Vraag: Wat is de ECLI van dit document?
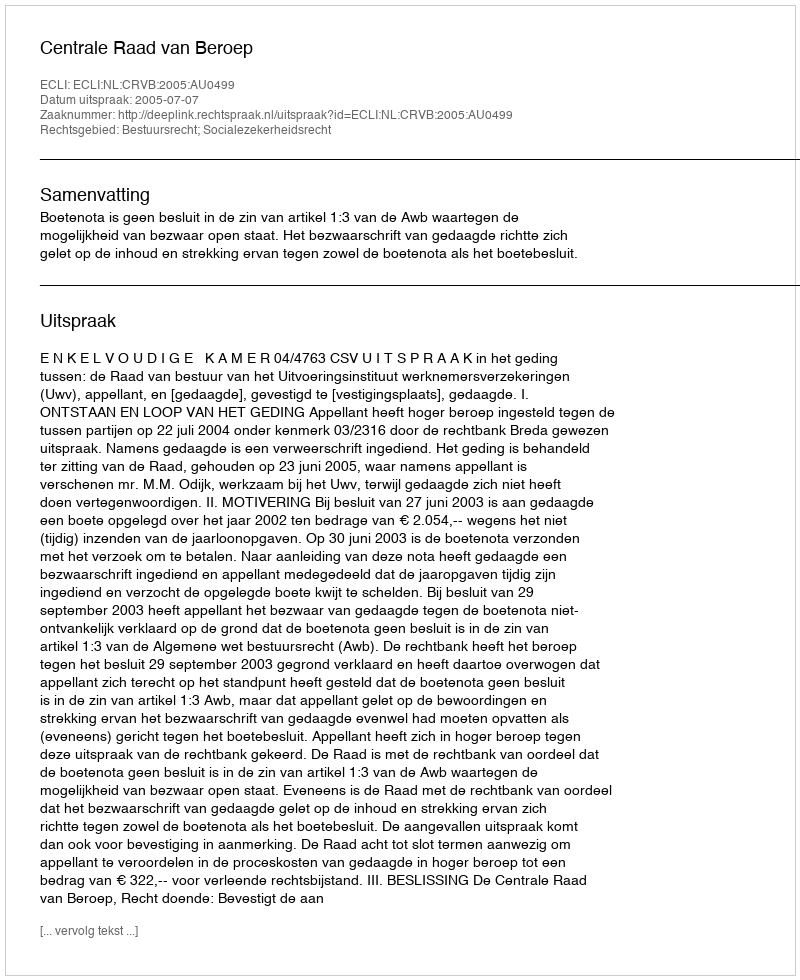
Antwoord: ECLI:NL:CRVB:2005:AU0499